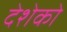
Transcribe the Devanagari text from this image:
देशेको